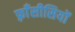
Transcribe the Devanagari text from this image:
फ़्राँसीसियों